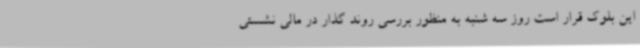
این بلوک قرار است روز سه شنبه به منظور بررسی روند گذار در مالی نشستی